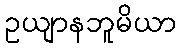
ဥယျာနဘူမိယာ